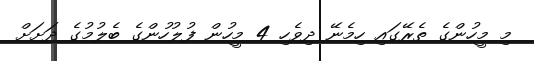
މި މީހުންގެ ތެރޭގައި ހިމެނޭ ދިވެހި 4 މީހުން ފުލުހުންގެ ބެލުމުގެ ދަށަށް